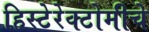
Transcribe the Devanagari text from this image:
हिस्टेरेक्टोमीचे